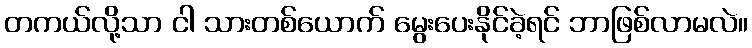
တကယ်လို့သာ ငါ သားတစ်ယောက် မွေးပေးနိုင်ခဲ့ရင် ဘာဖြစ်လာမလဲ။